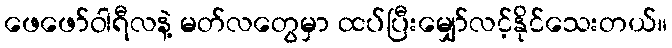
ဖေဖော်ဝါရီလနဲ့ မတ်လတွေမှာ ထပ်ပြီးမျှော်လင့်နိုင်သေးတယ်။